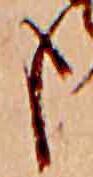
も